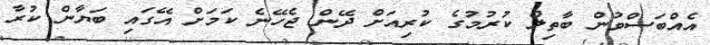
އެއްބަސްވުން ބާތިލް ކުރުމުގެ ކުރިއަށް ދޭން ޖެހޭނެ ކަމަށް އޭގައި ބަޔާން ކުރާ